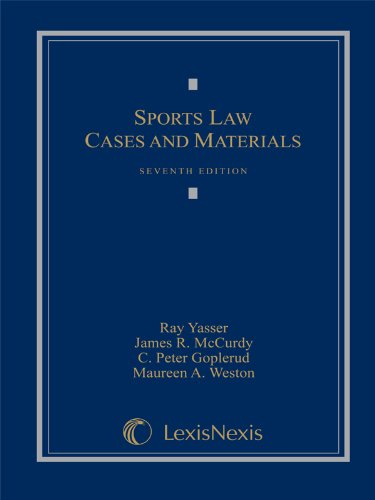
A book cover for Sports Law: Cases and Materials (2011); Ray Yasser; Law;